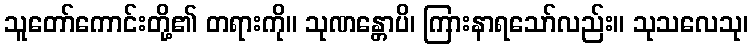
သူတော်ကောင်းတို့၏ တရားကို။ သုဏန္တောပိ၊ ကြားနာရသော်လည်း။ သုသလေသု၊